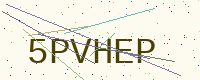
Text: 5PVHEP